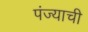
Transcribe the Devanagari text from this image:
पंज्याची